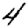
Digit: 4